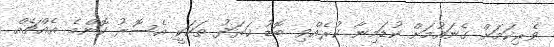
ވެރިކަމަށް ގެނައުމަށް ކުޑަމިނާ ކުރެއްވި ބޮޑު ޚަރަދު ތަކަކީ އެސޮރު ކޮންމެ އެއްޗެއް